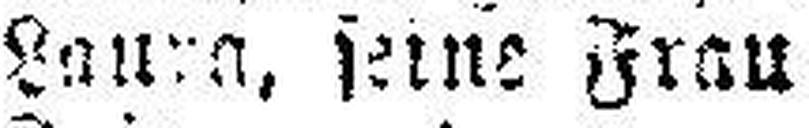
Laura, seine Frau